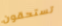
تستحقون